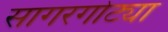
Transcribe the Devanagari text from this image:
सागरगोट्या